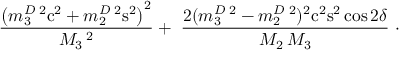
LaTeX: \ \frac { \left( m _ { 3 } ^ { D } \, ^ { 2 } \mathrm { c } ^ { 2 } + m _ { 2 } ^ { D } \, ^ { 2 } \mathrm { s } ^ { 2 } \right) ^ { 2 } } { M _ { 3 } \, ^ { 2 } } + \ \frac { 2 ( m _ { 3 } ^ { D } \, ^ { 2 } - m _ { 2 } ^ { D } \, ^ { 2 } ) ^ { 2 } \mathrm { c } ^ { 2 } \mathrm { s } ^ { 2 } \, { \cos 2 \delta } } { M _ { 2 } \, M _ { 3 } } ~ \cdot